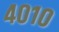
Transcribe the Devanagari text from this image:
४०१०